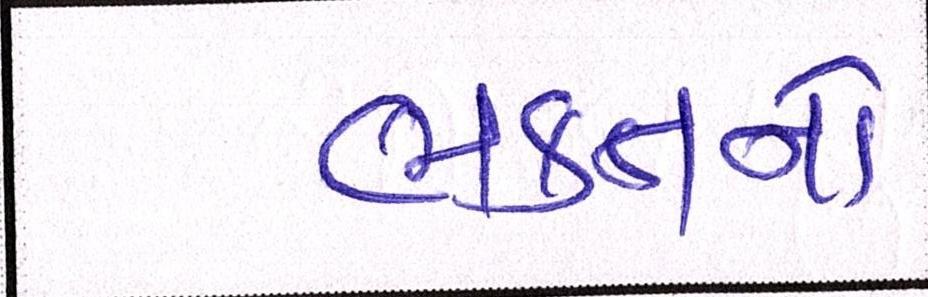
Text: ભક્તનો